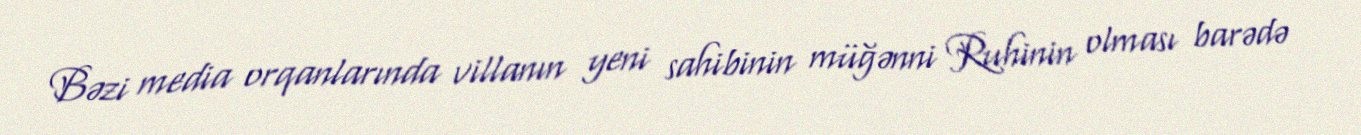
Bəzi media orqanlarında villanın yeni sahibinin müğənni Ruhinin olması barədə